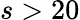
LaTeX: s>20